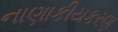
નાણાકીયકરણ